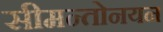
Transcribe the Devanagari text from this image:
सीमन्तोनयन